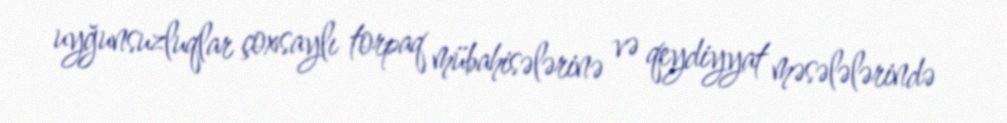
uyğunsuzluqlar çoxsaylı torpaq mübahisələrinə və qeydiyyat məsələlərində